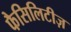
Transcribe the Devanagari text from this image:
फैसिलिटीज़